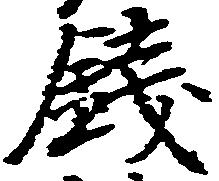
銭